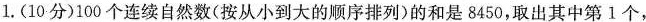
1.(10分)100个连续自然数(按从小到大的顺序排列)的和是8450，取出其中第1个，